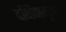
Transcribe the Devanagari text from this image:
दक्षिणमूर्ती